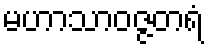
မဟာသာဝဇ္ဇတရံ